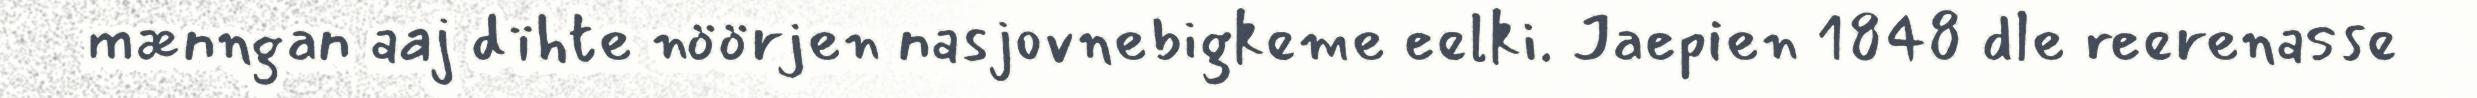
mænngan aaj dïhte nöörjen nasjovnebigkeme eelki. Jaepien 1848 dle reerenasse